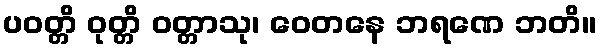
ပဝတ္တိ ဝုတ္တိ ဝတ္တာသု၊ ဝေတနေ ဘရဏေ ဘတိ။